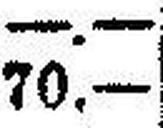
70.—